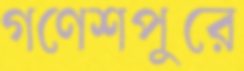
গণেশপুরে